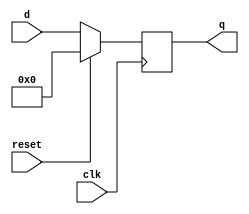
module top_module (
    input clk,
    input reset,            // Synchronous reset
    input [7:0] d,
    output [7:0] q
);
    always @(posedge clk) begin
        q <= reset?8'b0:d;
    end
endmodule